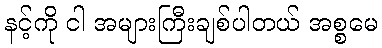
နင့်ကို ငါ အများကြီးချစ်ပါတယ် အစ္စမေ